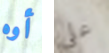
أوه على